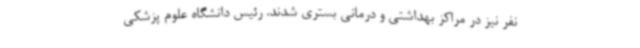
نفر نیز در مراکز بهداشتی و درمانی بستری شدند. رئیس دانشگاه علوم پزشکی